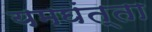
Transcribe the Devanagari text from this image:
यमघंत्ता